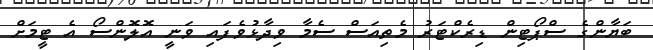
ބަޔާންގެ ސްޕޯޓިން ޑިރެކްޓަރު މެތިއަސް ސެމާ ވިދާޅުވެފައި ވަނީ އޮލޮންސޯ އެ ޓީމަށް